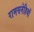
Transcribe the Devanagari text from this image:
रामसनेहियों